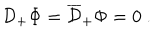
{ \cal D } _ { + } \Phi = \overline { { { \cal D } } } _ { + } \Phi = 0 ~ .